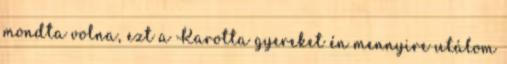
mondta volna, ezt a Karotta gyereket én mennyire utálom